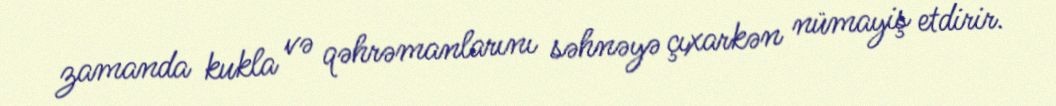
zamanda kukla və qəhrəmanlarını səhnəyə çıxarkən nümayiş etdirir.